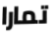
تمارا